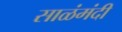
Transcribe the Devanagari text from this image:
साळंमंदी